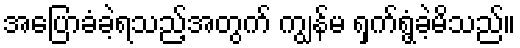
အပြောခံခဲ့ရသည့်အတွက် ကျွန်မ ရှက်ရွံ့ခဲ့မိသည်။